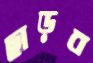
ছাড়ব